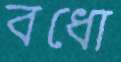
বধো